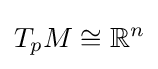
T_{p}M\cong \mathbb {R} ^{n}